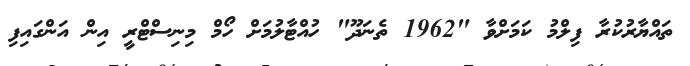
ތައްޔާރުކުރާ ފިލްމު ކަމަށްވާ "1962 ތެނަދޫ" ހުއްޓާލުމަށް ހޯމް މިނިސްޓްރީ އިން އަންގައިފި